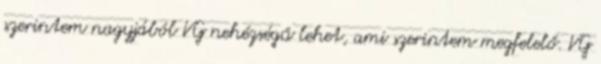
szerintem nagyjából VG nehézségű lehet, ami szerintem megfelelő. VG